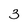
Character: 3